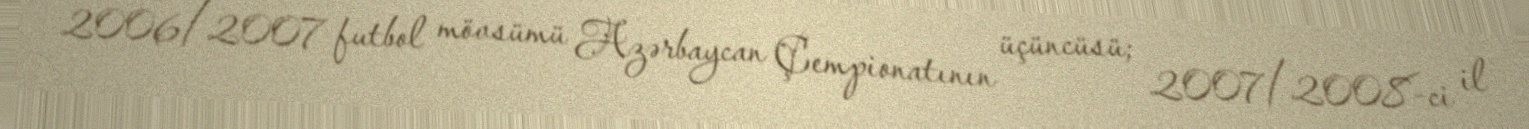
2006/2007 futbol mövsümü Azərbaycan Çempionatının üçüncüsü; 2007/2008-ci il